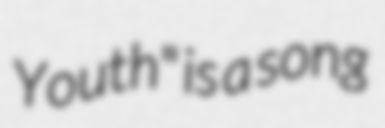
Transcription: Youth" is a song